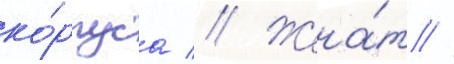
ко́рпуса // Жена́т //